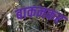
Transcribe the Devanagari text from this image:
बाकनकर